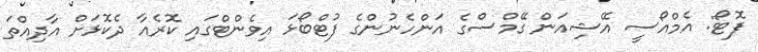
ފޮޓޯ: އެމްއޯސީ އޭޝިއަން ގޭމްސްގެ އަންހެނުންގެ ފުޓްބޯޅަ އިވެންޓްގައި ކޮރެއާ ދެކޮޅަށް އާދިއްތަ